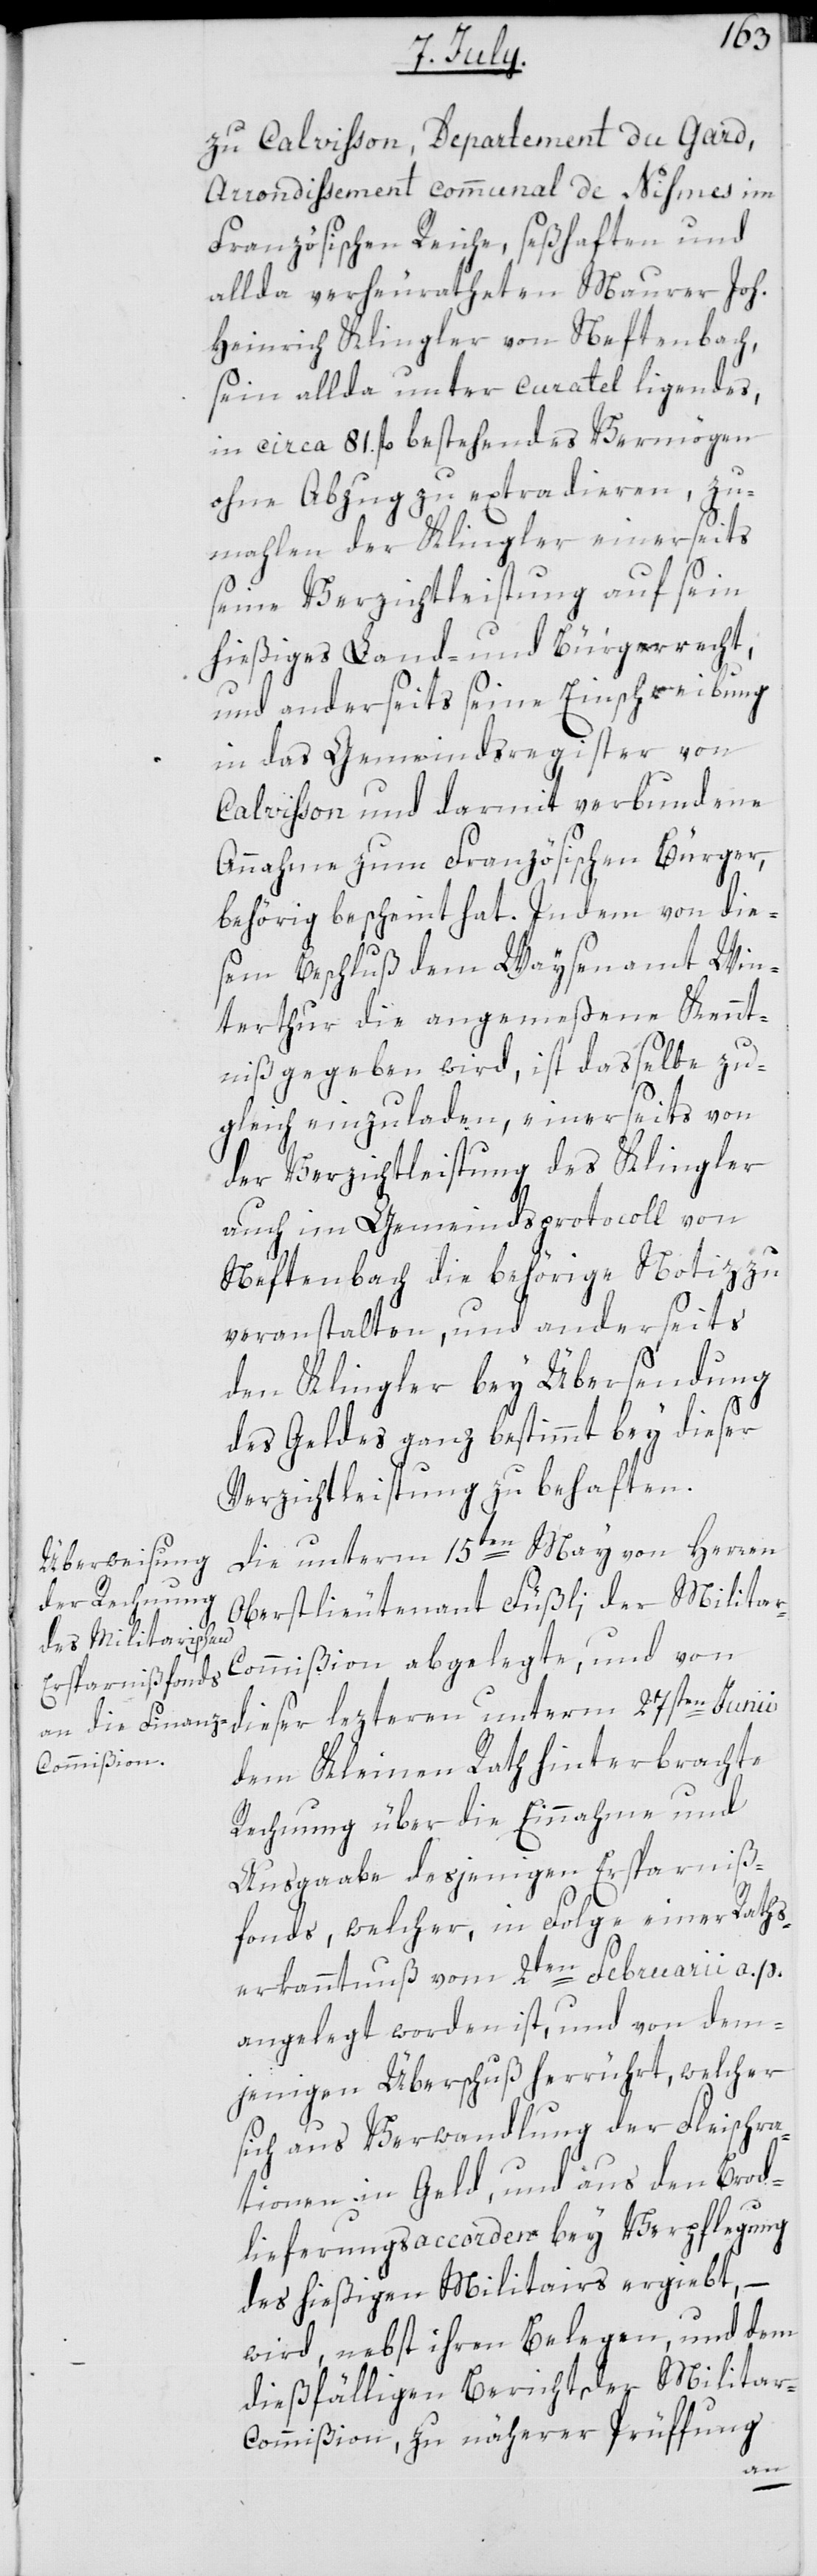
zu Calvisson, Departement du Gard,
Arrondißement communal de Nîmes im
Französischen Reiche, seßhaften und
allda verheuratheten Maurer Joh.
Heinrich Klingler von Neftenbach,
sein allda unter curatel ligendes,
in circa 81. fl. bestehendes Vermögen
ohne Abzug zu extradieren, zu¬
mahlen der Klingler einerseits
seine Verzichtleistung auf sein
hießiges Land- und Bürgerrecht;
und anderseits seine Einschreibung
in das Gemeindsregister von
Calvisson und darmit verbundene
Annahme zum Französischen Bürger,
behörig bescheint hat. Indem von die¬
sem Beschluß dem Waysenamt Win¬
terthur die angemeßene Kennt¬
niß gegeben wird, ist dasselbe zu¬
gleich einzuladen, einerseits von
der Verzichtleistung des Klingler
auch im Gemeindsprotocoll von
Neftenbach die behörige Notiz zu
veranstalten, und anderseits
den Klingler bey Übersendung
des Geldes ganz bestimmt bey dieser
Verzichtleistung zu behaften.
Die unterm 15ten May von Herren
Oberstlieutenant Füßli, der Milita¬
r-Commißion abgelegte, und von
dieser lezteren unterm 27sten Junii
dem Kleinen Rath hinterbrachte
Rechnung über die Einnahme und
Ausgaabe desjenigen Ersparniß¬
fonds, welcher in Folge einer Raths¬
erkanntnuß vom 2ten Februarii a. p.
angelegt worden ist, und von dem¬
jenigen Überschuß herrührt, welcher
sich aus Verwandlung der Fleischra¬
tionen in Geld und aus dem Brod¬
lieferungsaccorden bey Verpflegung
des hießigen Militairs ergiebt,
wird, nebst ihren Belegen und dem
dießfälligen Bericht der Militar-C¬
ommißion, zu näherer Prüffung